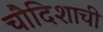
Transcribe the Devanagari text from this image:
चौदिशाची